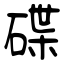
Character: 碟